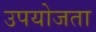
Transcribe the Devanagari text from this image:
उपयोजता